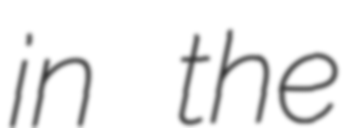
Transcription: in the